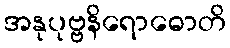
အနုပုဗ္ဗနိရောဓောတိ